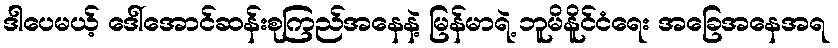
ဒါပေမယ့် ဒေါ်အောင်ဆန်းစုကြည်အနေနဲ့ မြန်မာရဲ့ ဘူမိနိူင်ငံရေး အခြေအနေအရ